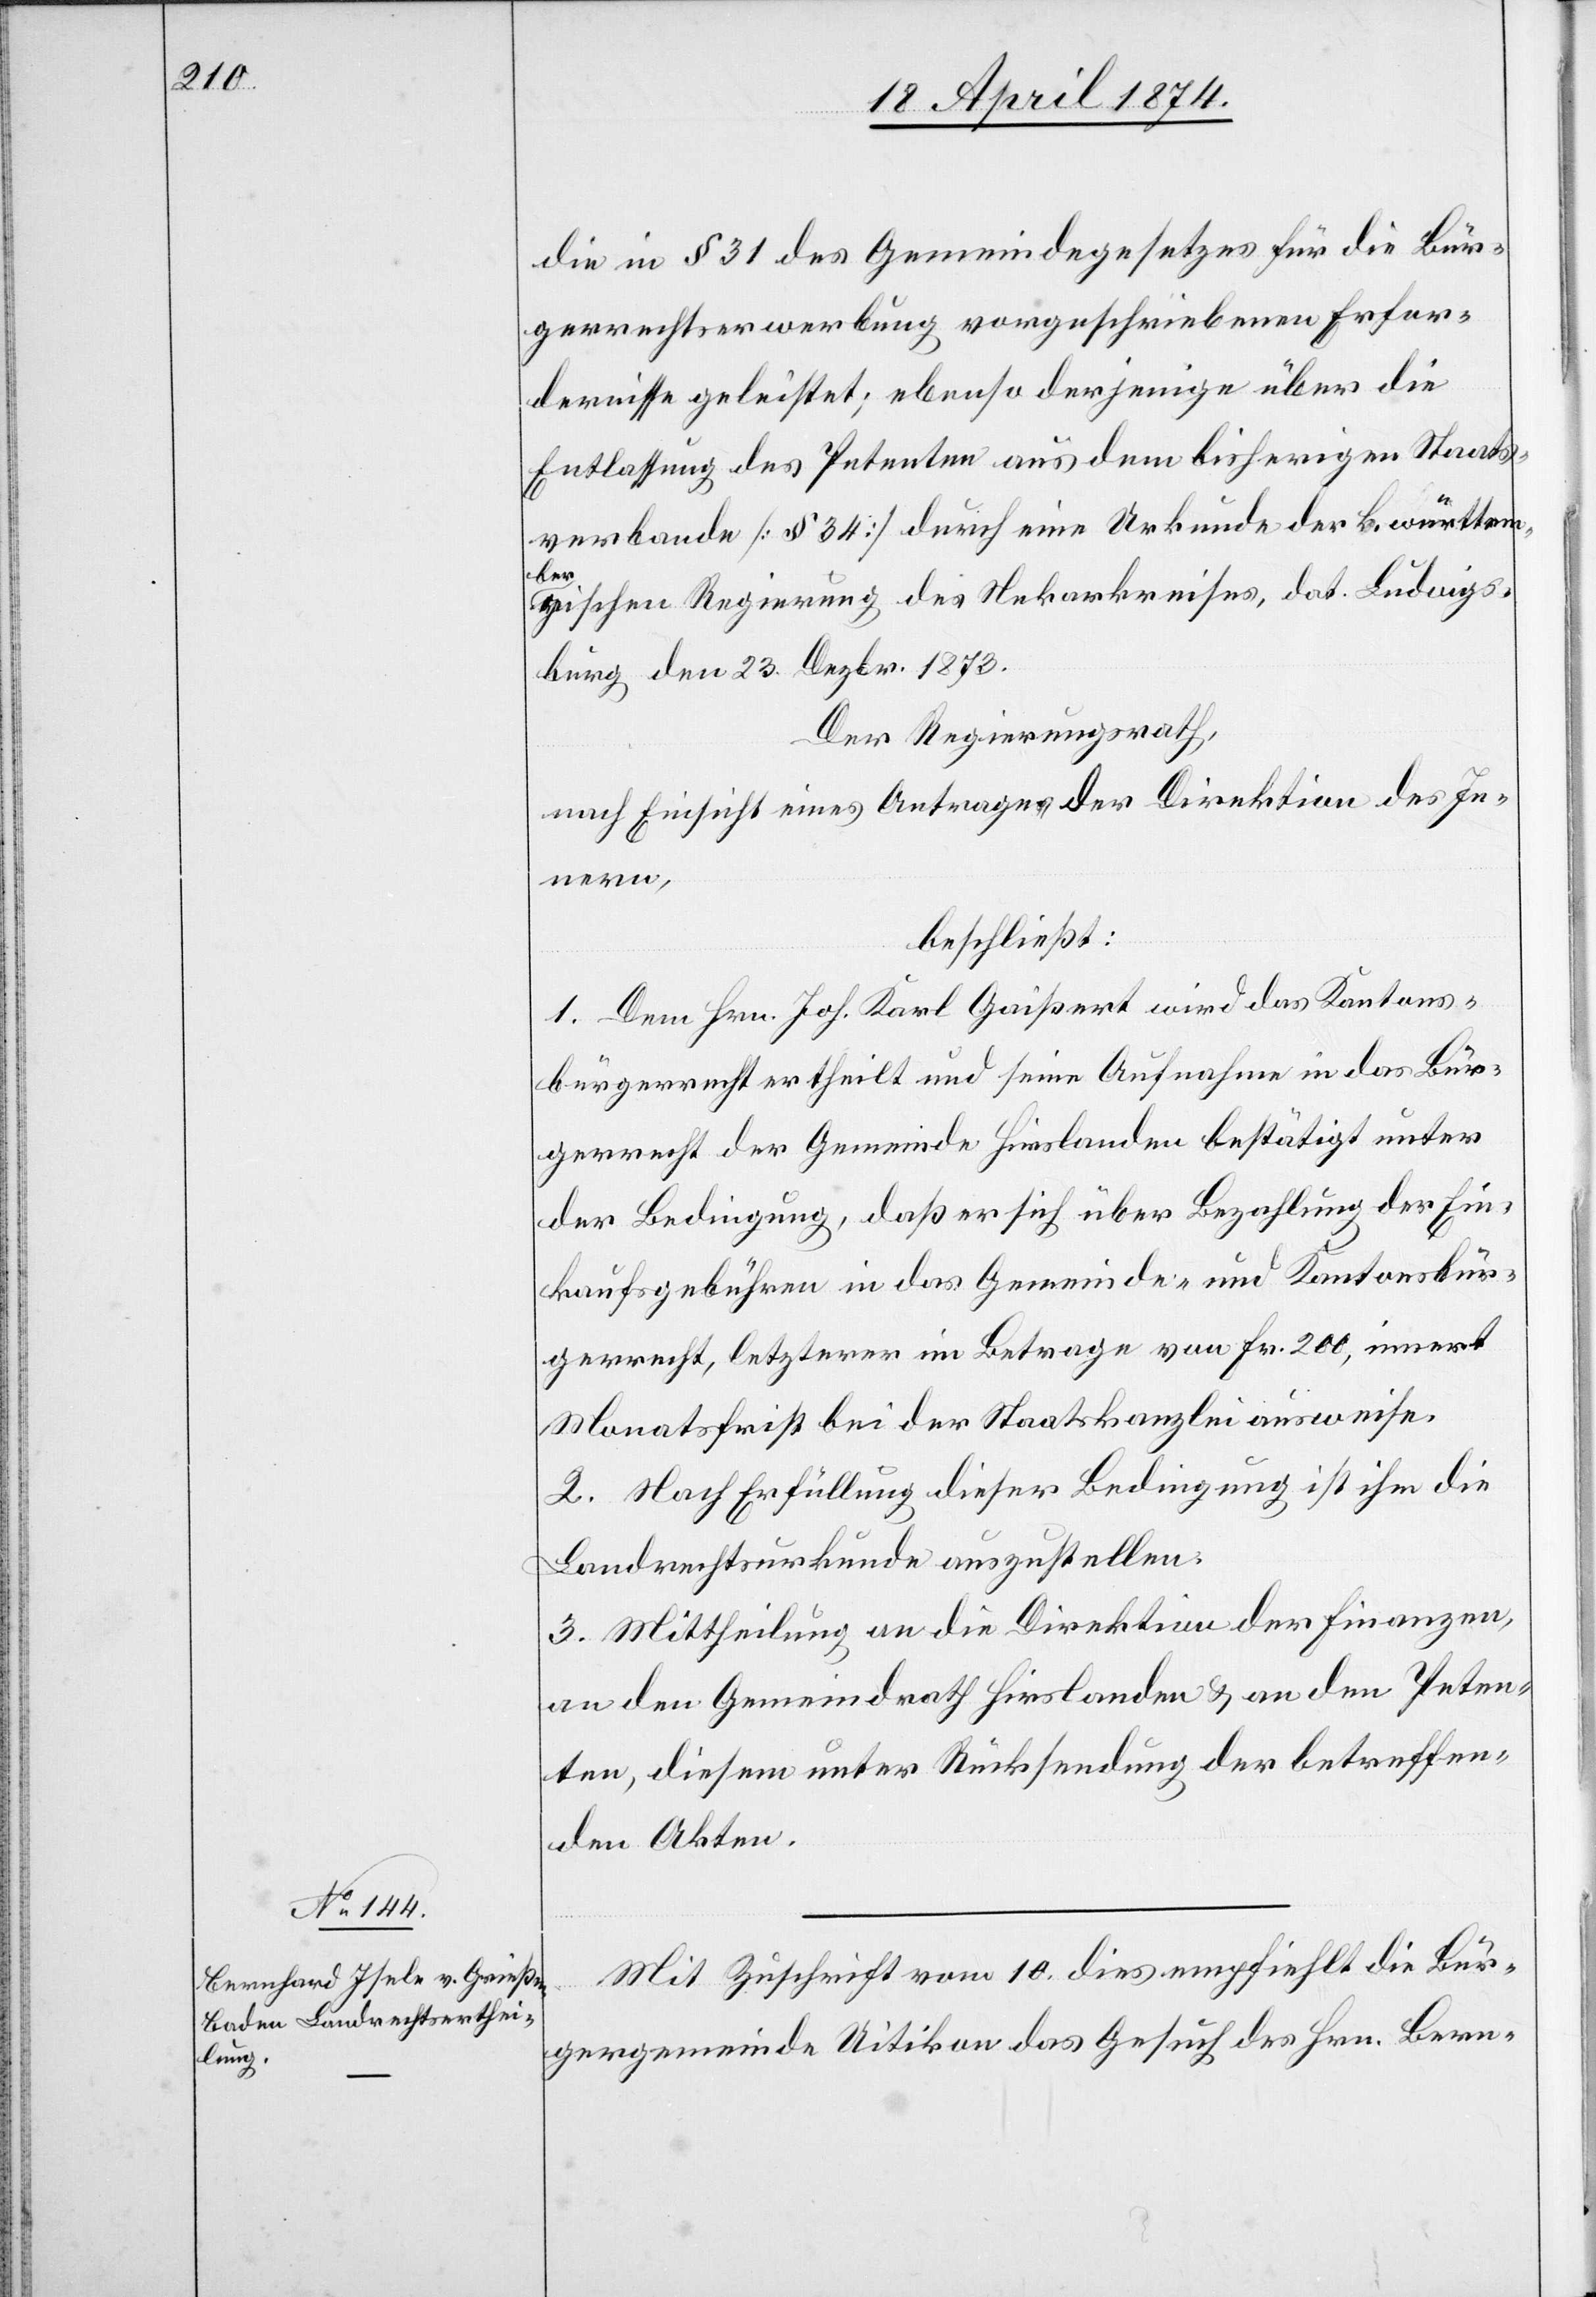
die in § 31 des Gemeindegesetzes für die Bür¬
gerrechtserwerbung vorgeschriebenen Erfor¬
dernisse geleistet; ebenso derjenige über die
Entlassung des Petenten aus dem bisherigen Staats¬
verbande [§ 34] durch eine Urkunde der k. württem¬
ber¬
gischen Regierung des Nekarkreises, dat. Ludwigs¬
burg den 23. Dezbr. 1873.
Der Regierungsrath,
nach Einsicht eines Antrages der Direktion des In¬
nern,
beschließt:
1. Dem Hrn. Joh. Karl Gaißert [sic!] wird das Kantons¬
bürgerrecht ertheilt und seine Aufnahme in das Bür¬
gerrecht der Gemeinde Hirslanden bestätigt unter
der Bedingung, daß er sich über Bezahlung der Ein¬
kaufsgebühren in das Gemeinde- und Kantonsbür¬
gerrecht, letzterer im Betrage von Fr. 200, innert
Monatsfrist bei der Staatskanzlei ausweise.
2. Nach Erfüllung dieser Bedingung ist ihm die
Landrechtsurkunde auszustellen.
3. Mittheilung an die Direktion der Finanzen,
an den Gemeindrath Hirslanden u. an den Peten¬
ten, diesem unter Rücksendung der betreffen¬
den Akten.
Mit Zuschrift vom 10. dies empfiehlt die Bür¬
gergemeinde Uitikon das Gesuch des Hrn. Bern-